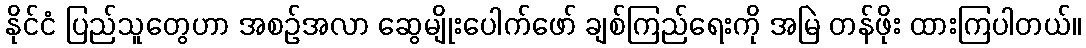
နိုင်ငံ ပြည်သူတွေဟာ အစဉ်အလာ ဆွေမျိုးပေါက်ဖော် ချစ်ကြည်ရေးကို အမြဲ တန်ဖိုး ထားကြပါတယ်။